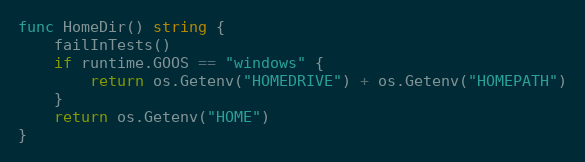
Language: Go
func HomeDir() string {
	failInTests()
	if runtime.GOOS == "windows" {
		return os.Getenv("HOMEDRIVE") + os.Getenv("HOMEPATH")
	}
	return os.Getenv("HOME")
}